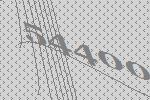
54400